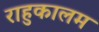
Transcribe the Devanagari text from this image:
राहुकालम